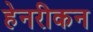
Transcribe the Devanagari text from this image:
हेनरीकन